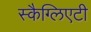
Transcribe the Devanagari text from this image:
स्कैग्लिएटी